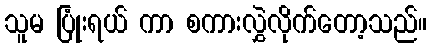
သူမ ပြုံးရယ် ကာ စကားလွှဲလိုက်တော့သည်။